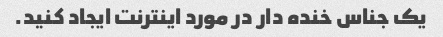
یک جناس خنده دار در مورد اینترنت ایجاد کنید.